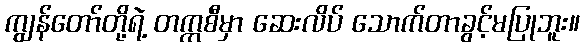
ကျွန်တော်တို့ရဲ့ တက္ကစီမှာ ဆေးလိပ် သောက်တာခွင့်မပြုဘူး။